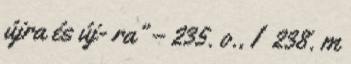
újra és új- ra” – 235. o., I 238. m